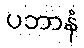
ပဘာနံ